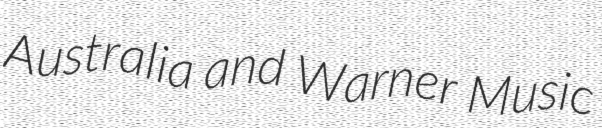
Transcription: Australia and Warner Music